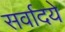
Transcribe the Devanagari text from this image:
सर्वादये